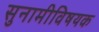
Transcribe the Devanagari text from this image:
सुनामीविषयक